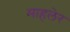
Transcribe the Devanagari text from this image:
माहलेर